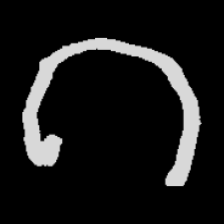
Pyu character \u2014 Myanmar letter: ဂ (romanized: ga)